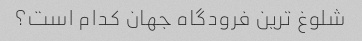
شلوغ ترین فرودگاه جهان کدام است؟